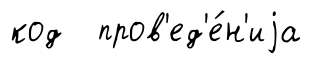
код пров'ед'е́н'иjа